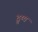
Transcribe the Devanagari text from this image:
द्रुष्य